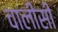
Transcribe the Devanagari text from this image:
चालीसी